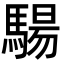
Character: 𩤟